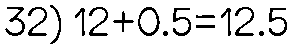
32) 12+0.5=12.5